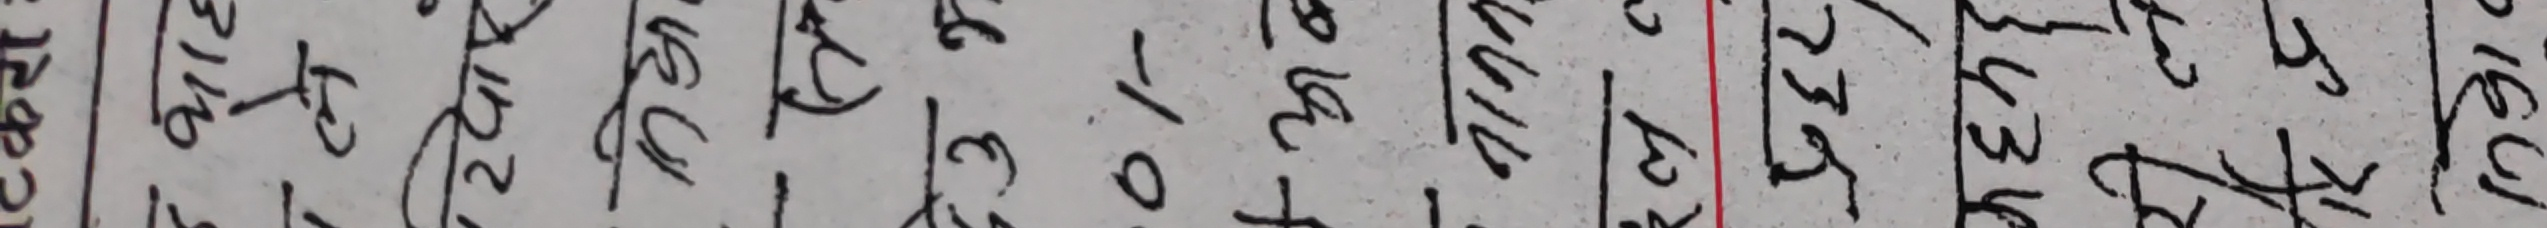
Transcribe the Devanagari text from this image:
२५ २४६ ० १२८ ५० १५० २२७ २५ २५
१७ १२२ ८ २० १०० १५० २३६ ४० २८
१२ ३४ २ ३० ४० १० ४२ २० ३२
३ ५० १ ५ १० १० १६ ४ २०
६ १० ० १ ० ३ ३ १ ४